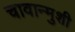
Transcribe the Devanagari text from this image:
चावान्मुशी